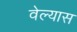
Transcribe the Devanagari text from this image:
वेल्यास